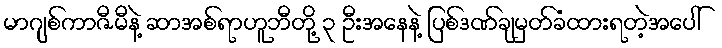
မာဂျစ်ကာဇီမီနဲ့ ဆာအစ်ရာဟူဘီတို့ ၃ ဦးအနေနဲ့ ပြစ်ဒဏ်ချမှတ်ခံထားရတဲ့အပေါ်